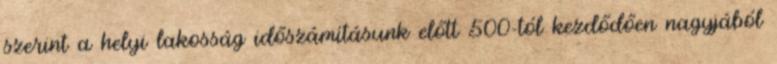
szerint a helyi lakosság időszámításunk előtt 500-tól kezdődően nagyjából